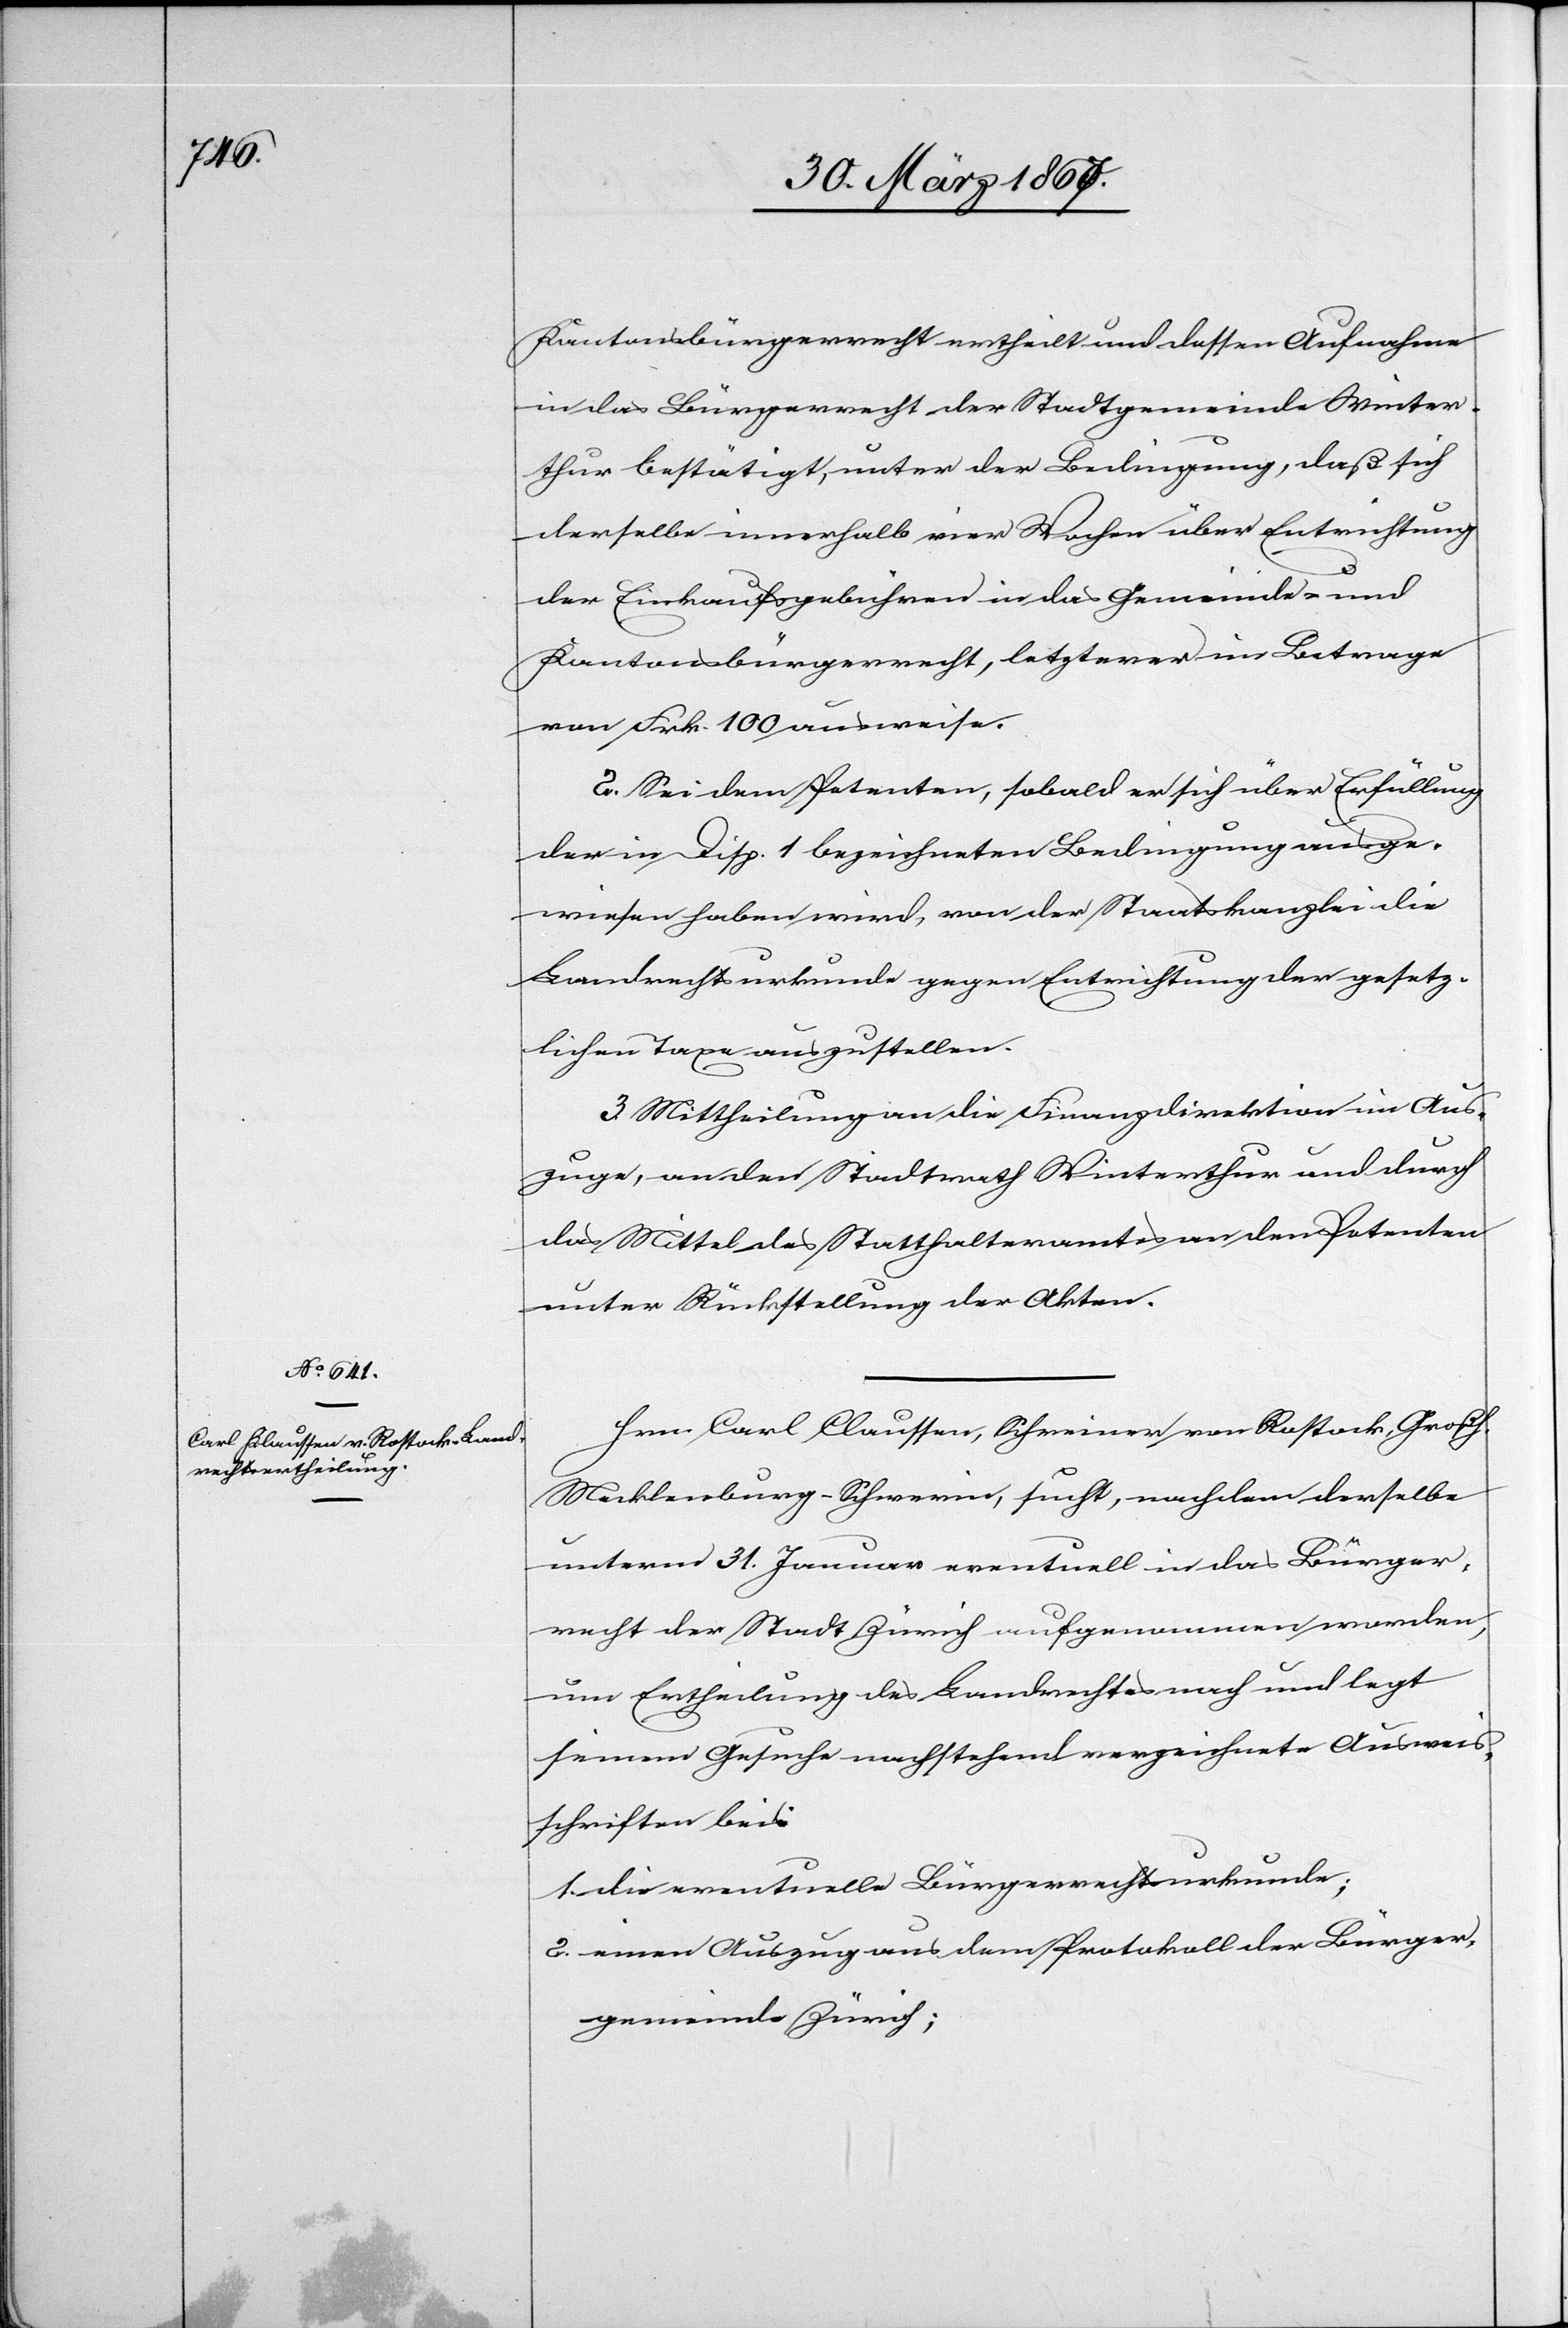
Kantonsbürgerrecht ertheilt und dessen Aufnahme
in das Bürgerrecht der Stadtgemeinde Winter¬
thur bestätigt, unter der Bedingung, daß sich
derselbe innerhalb vier Wochen über Entrichtung
der Einkaufsgebühren in das Gemeinde- und
Kantonsbürgerrecht, letzterer im Betrage
von Frk. 100 ausweise.
2. Sei dem Petenten, sobald er sich über Erfüllung
der in Disp. 1 bezeichneten Bedingung ausge¬
wiesen haben wird, von der Staatskanzlei die
Landrechtsurkunde gegen Entrichtung der gesetz¬
lichen Taxe auszustellen.
3. Mittheilung an die Finanzdirektion im Aus¬
zuge, an den Stadtrath Winterthur und durch
das Mittel des Statthalteramtes an den Petenten
unter Rückstellung der Akten.
Hrn. Carl Claussen, Schreiner von Rostock, Großh.
Mecklenburg-Schwerin, sucht, nachdem derselbe
unterm 31. Januar eventuell in das Bürger¬
recht der Stadt Zürich aufgenommen worden,
um Ertheilung des Landrechtes nach und legt
seinem Gesuche nachstehend verzeichnete Ausweis¬
schriften bei:
1. 	die eventuelle Bürgerrechtsurkunde;
2. 	einen Auszug aus dem Protokoll der Bürger¬
gemeinde Zürich;